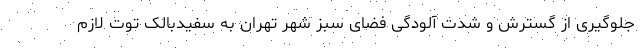
جلوگیری از گسترش و شدت آلودگی فضای سبز شهر تهران به سفیدبالک توت لازم